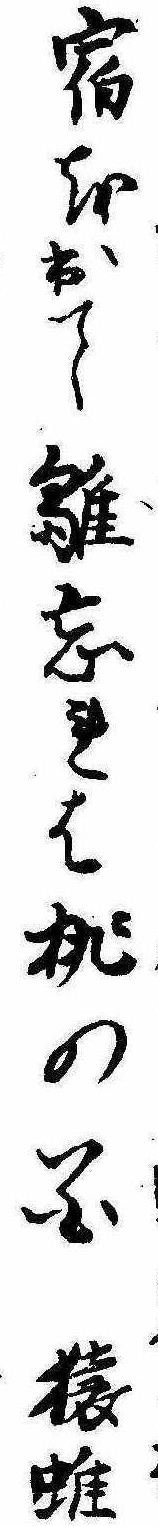
宿を出て雛忘れは桃の花猿雖